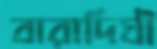
বারাদিঘী